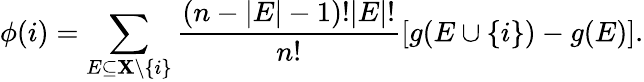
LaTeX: \phi(i)=\sum_{E\subseteq\mathbf{X}\backslash\{ i\} }{\frac{(n-|E|-1)!|E|!}{n!}}[g(E\cup\{ i\} )-g(E)].